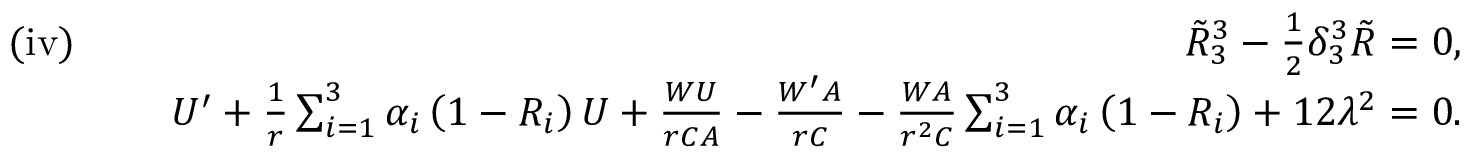
\begin{array} { r l r } { \mathrm { ( i v ) } \, \, } & { } & { \tilde { R } _ { 3 } ^ { 3 } - \frac { 1 } { 2 } \delta _ { 3 } ^ { 3 } \tilde { R } = 0 , } \\ & { } & { U ^ { \prime } + \frac { 1 } { r } \sum _ { i = 1 } ^ { 3 } \alpha _ { i } \left( 1 - R _ { i } \right) U + \frac { W U } { r C A } - \frac { W ^ { \prime } A } { r C } - \frac { W A } { r ^ { 2 } C } \sum _ { i = 1 } ^ { 3 } \alpha _ { i } \left( 1 - R _ { i } \right) + 1 2 \lambda ^ { 2 } = 0 . } \end{array}